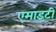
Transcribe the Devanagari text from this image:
एमाइटी